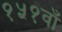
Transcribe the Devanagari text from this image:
१५१वाँ